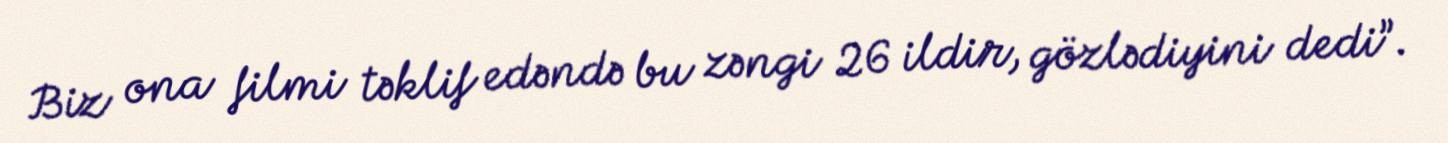
Biz ona filmi təklif edəndə bu zəngi 26 ildir, gözlədiyini dedi”.